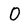
Character: O